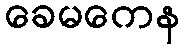
ခေမကေန